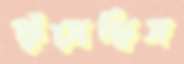
ফুঁসেছিস